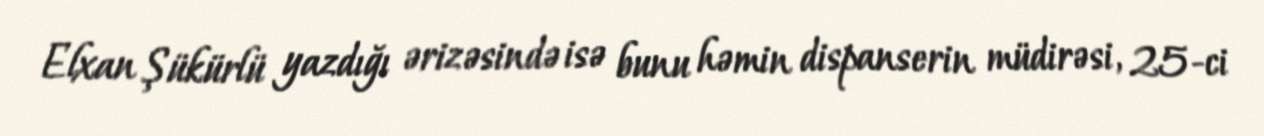
Elxan Şükürlü yazdığı ərizəsində isə bunu həmin dispanserin müdirəsi, 25-ci